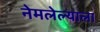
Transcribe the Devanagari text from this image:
नेमलेल्याला